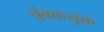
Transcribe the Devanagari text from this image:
चुंबकयुक्त